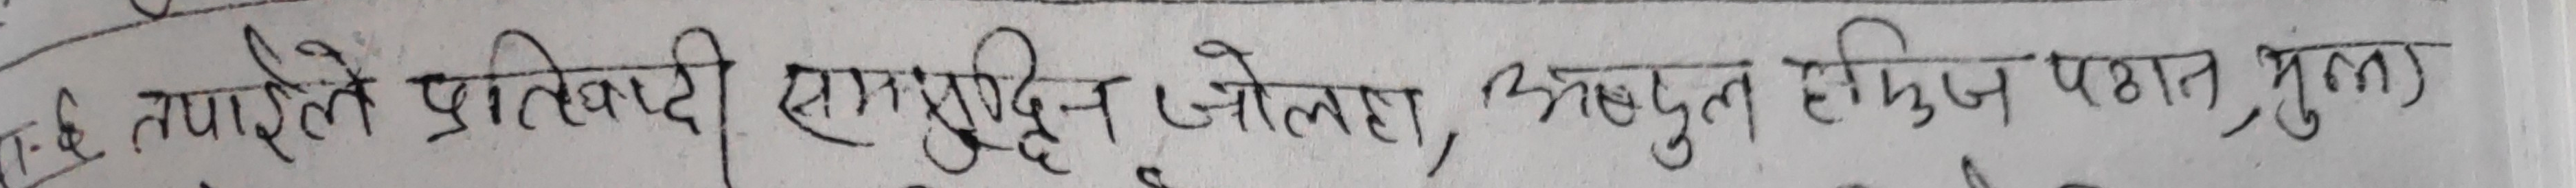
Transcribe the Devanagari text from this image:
तपाईले प्रतिवादी साधुद्दीन जोलाहा, अचुतुन हाफिज पश्चात मुल्ला